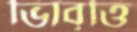
ভিাবৃত্তি